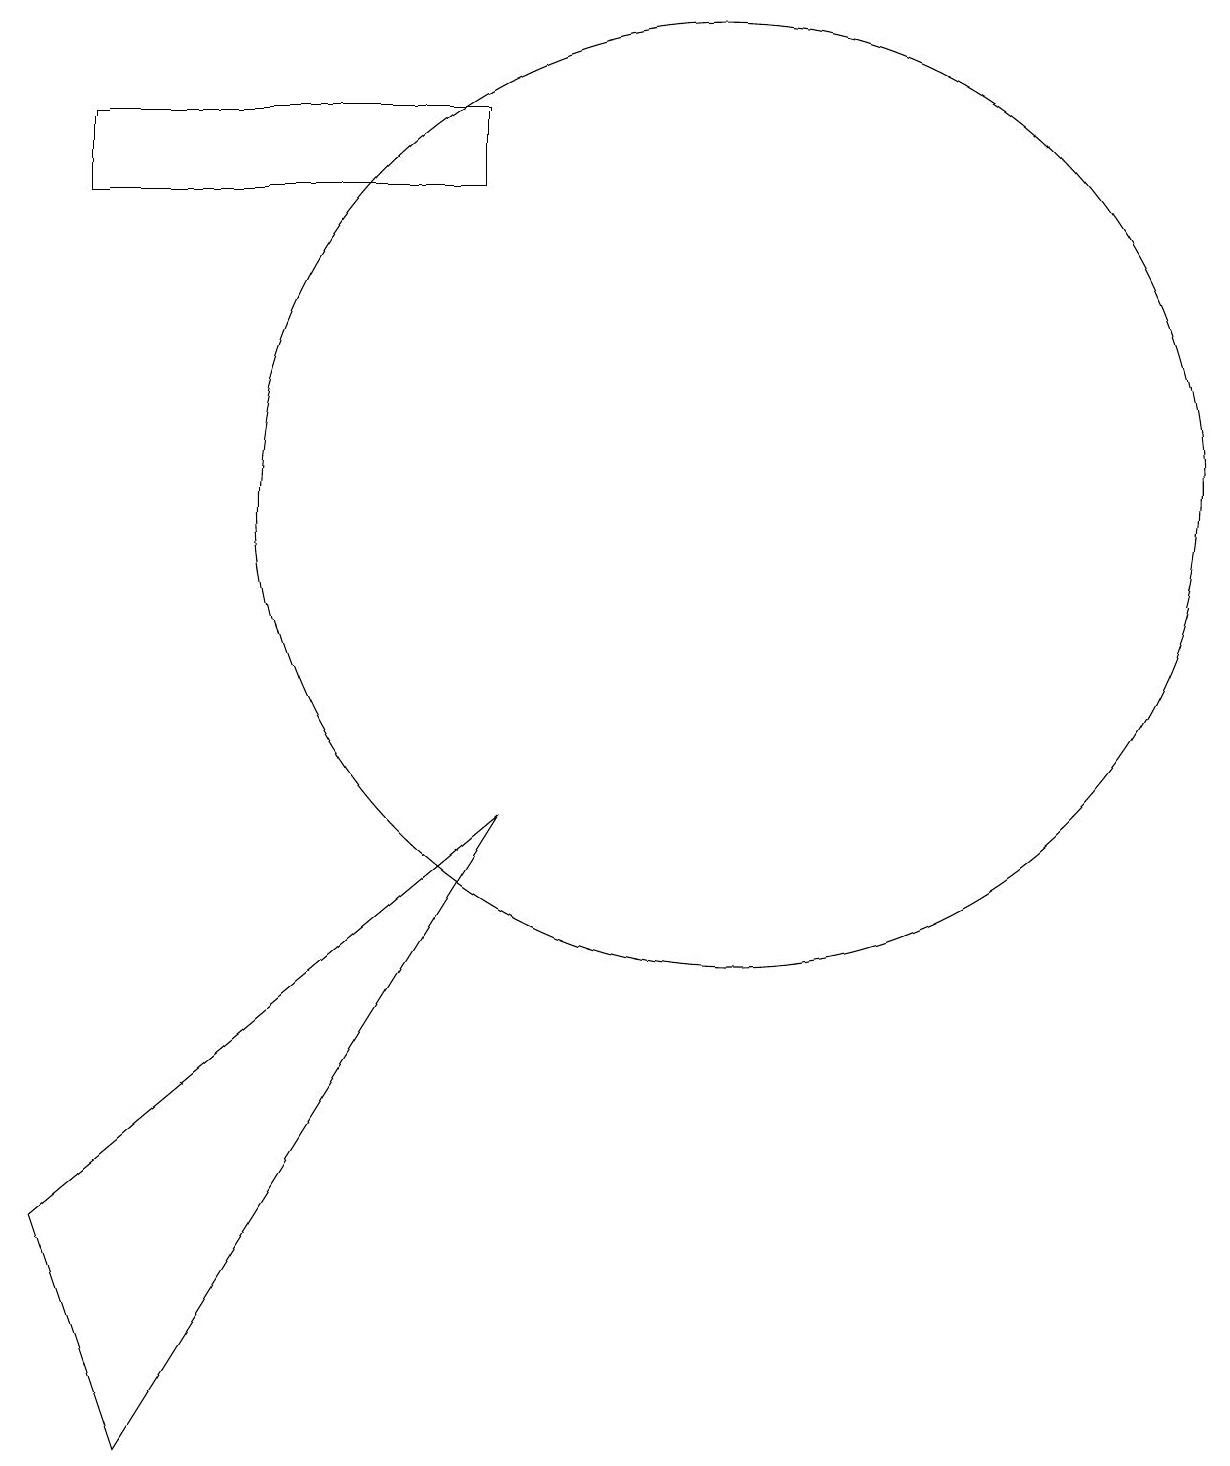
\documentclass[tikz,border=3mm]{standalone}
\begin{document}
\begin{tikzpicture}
\draw (11,12) circle (6);
\draw (3,16) rectangle (8,17);
\draw (8,8) -- (2,3) -- (3,0) -- cycle;
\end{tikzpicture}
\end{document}